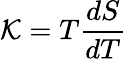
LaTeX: {\mathcal{K}}=T{\frac{dS}{dT}}